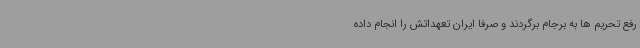
رفع تحریم ها به برجام برگردند و صرفاً ایران تعهداتش را انجام داده